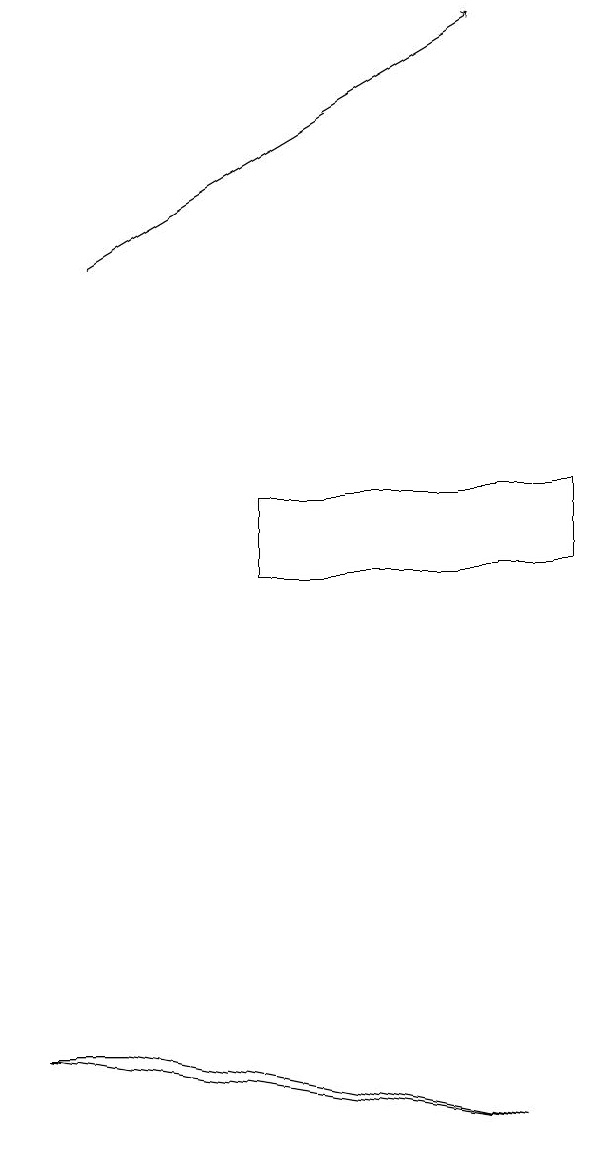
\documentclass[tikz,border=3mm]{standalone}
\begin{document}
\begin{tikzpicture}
\draw[->] (3,15) -- (8,18);
\draw (3,5) -- (8,4) -- (2,5) -- cycle;
\draw (5,12) rectangle (9,11);
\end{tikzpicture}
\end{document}